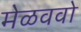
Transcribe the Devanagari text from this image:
मेळववो